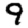
Digit: 9